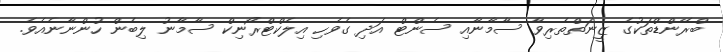
ބްރޭންޑްތަކުގެ ޒީނަތްތެރިވާ ސާމާނާއި ސެންޓް އަދި ގެވެހި އިލެކްޓްރޯނިކް ސާމާނު ލިބެން ހުންނާނެއެވެ.